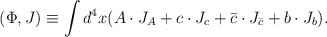
LaTeX: \begin{align*}(\Phi, J) \equiv \int d^4x (A \cdot J_A + c \cdot J_c + \bar{c} \cdot J_{\bar{c}} + b \cdot J_b).\end{align*}